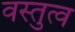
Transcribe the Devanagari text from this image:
वस्तुत्व